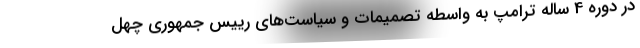
در دوره 4 ساله ترامپ به واسطه تصمیمات و سیاست‌های رییس جمهوری چهل